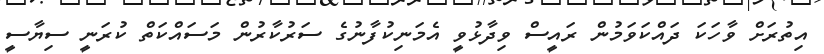
އިތުރަށް ވާހަކަ ދައްކަވަމުން ރައީސް ވިދާޅުވީ އެމަނިކުފާނުގެ ސަރުކާރުން މަސައްކަތް ކުރަނީ ސިޔާސީ